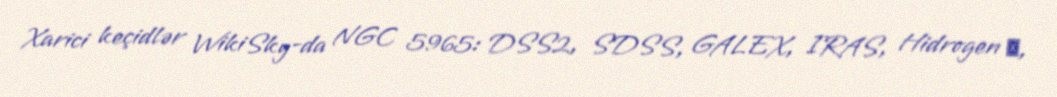
Xarici keçidlər WikiSky-da NGC 5965: DSS2, SDSS, GALEX, IRAS, Hidrogen α,